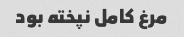
مرغ کامل نپخته بود